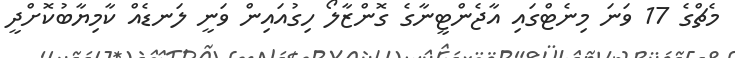
މެޗްގެ 17 ވަނަ މިނެޓްގައި އާޖެންޓީނާގެ ގޮންޒާލޯ ހިގުއައިން ވަނީ ލަނޑެއް ކާމިޔާބުކޮށްދީ